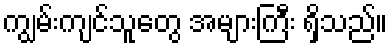
ကျွမ်းကျင်သူတွေ အများကြီး ရှိသည်။